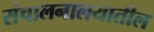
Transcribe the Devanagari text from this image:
संचालनालयातील